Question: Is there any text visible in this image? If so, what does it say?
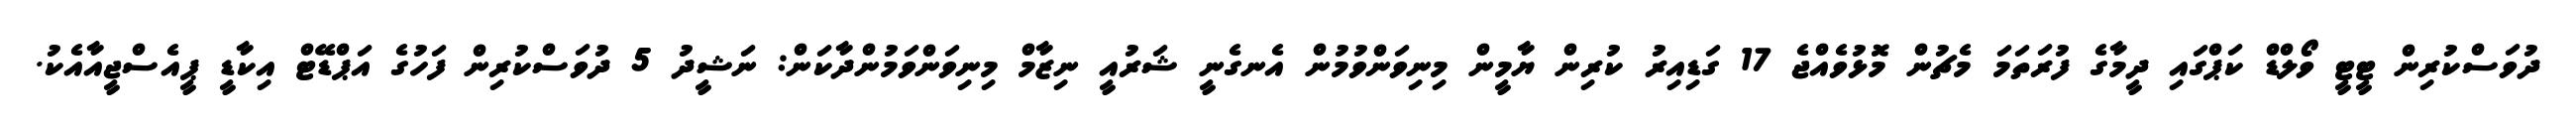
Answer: ދުވަސްކުރިން ޓީޓީ ވޯލްޑް ކަޕްގައި ދީމާގެ ފުރަތަމަ މެޗުން މޮޅުވެއްޖެ 17 ގަޑިއިރު ކުރިން ޔާމީން މިނިވަންވުމުން އެނގެނީ ޝަރުއީ ނިޒާމް މިނިވަންވަމުންދާކަން: ނަޝީދު 5 ދުވަސްކުރިން ފަހުގެ އަޕްޑޭޓް އިކާޑީ ޕީއެސްޖީއާއެކު.